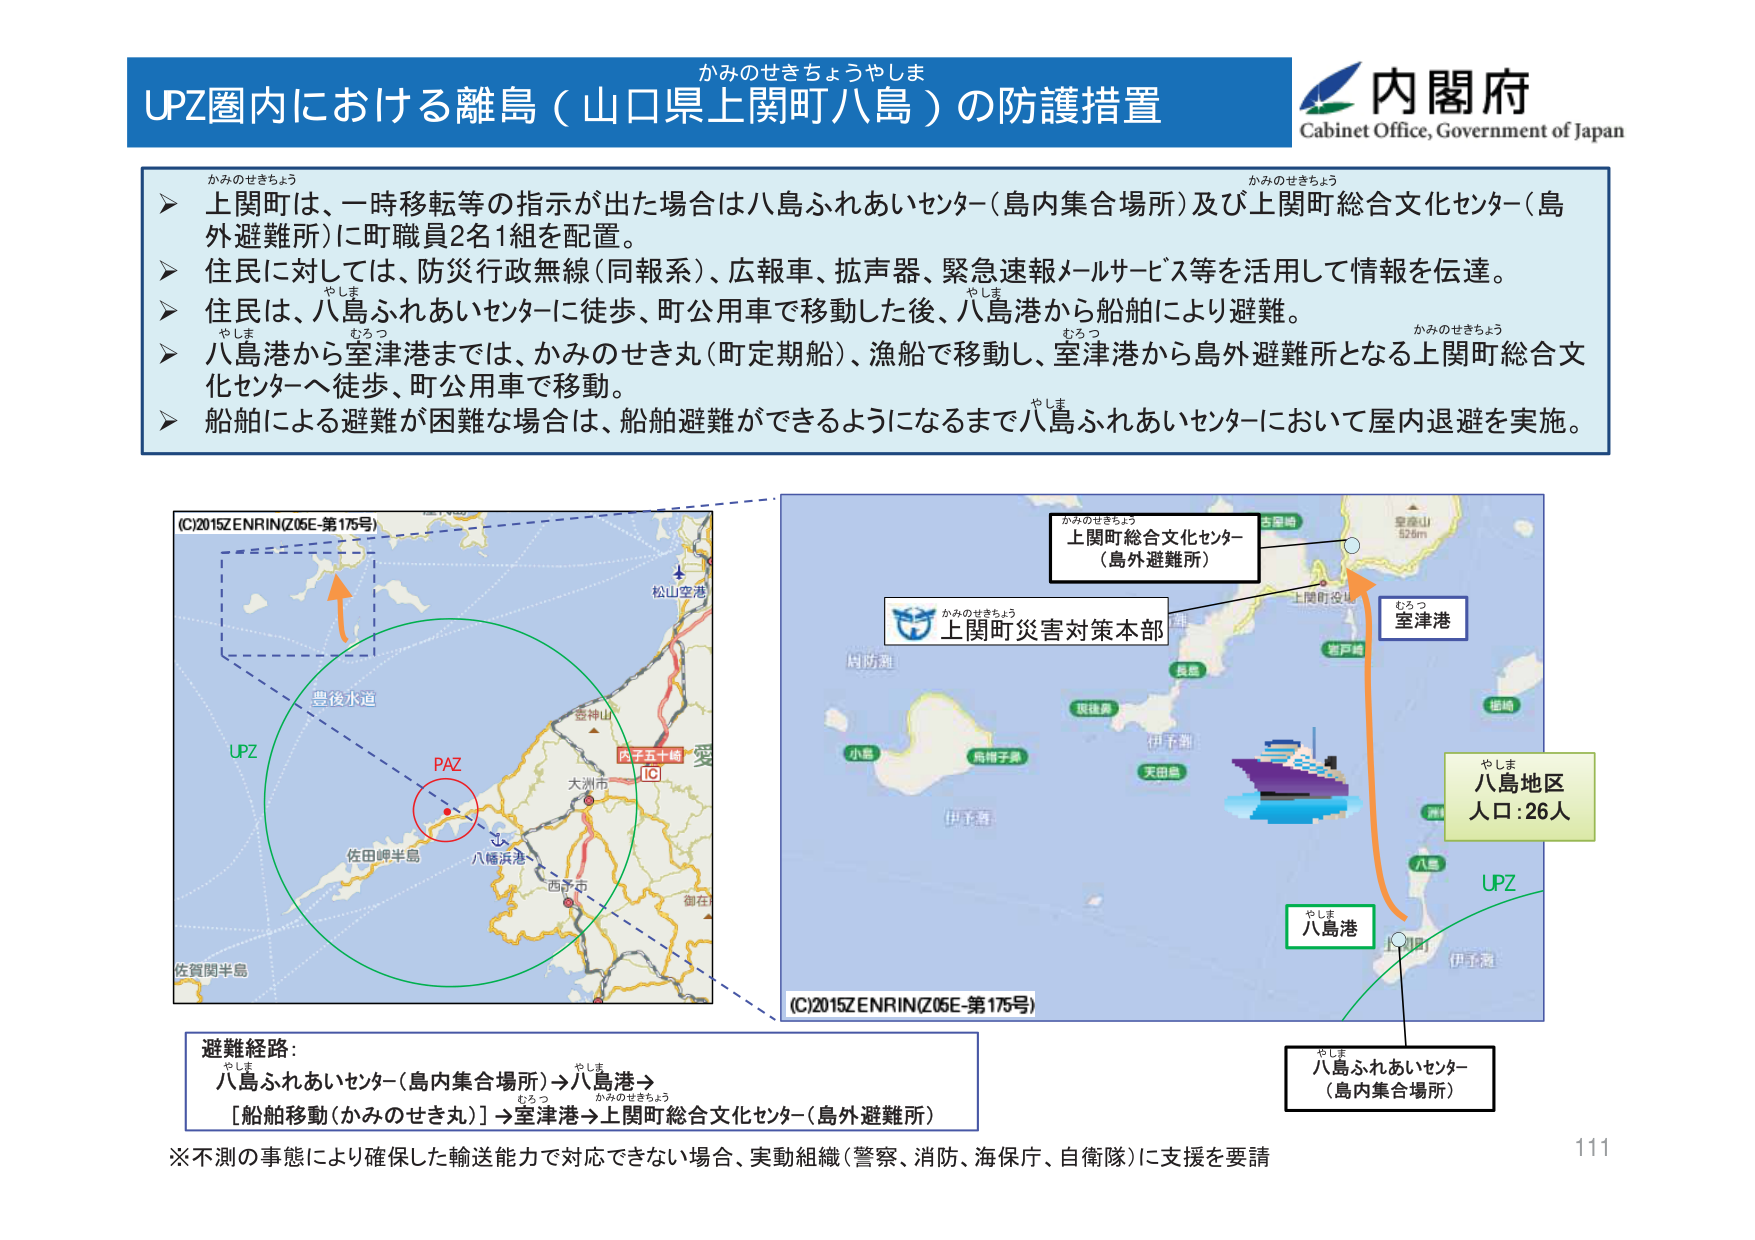
かみのせきちょうやしま
UPZ圏内における離島（山口県上関町八島）の防護措置
内閣府
Cabinet Office, Government of Japan

かみのせきちょう
➤ 上関町は、一時移転等の指示が出た場合は八島ふれあいセンター（島内集合場所）及び上関町総合文化センター（島外避難所）に町職員2名1組を配置。
➤ 住民に対しては、防災行政無線（同報系）、広報車、拡声器、緊急速報メールサービス等を活用して情報を伝達。
➤ 住民は、八島ふれあいセンターに徒歩、町公用車で移動した後、八島港から船舶により避難。
➤ 八島港から室津港までは、かみのせき丸（町定期船）、漁船で移動し、室津港から島外避難所となる上関町総合文化センターへ徒歩、町公用車で移動。
➤ 船舶による避難が困難な場合は、船舶避難ができるようになるまで八島ふれあいセンターにおいて屋内退避を実施。

(C)2015ZENRIN(Z05E-第175号)
豊後水道
UPZ
PAZ
松山空港
佐田岬半島
八幡浜港
大洲市
西予市
御在
佐賀関半島
愛
広子五十崎
IC

かみのせきちょう
上関町総合文化センター
（島外避難所）
かみのせきちょう
上関町災害対策本部
むろつ
室津港
やしま
八島地区
人口：26人
やしま
八島港
やしま
八島ふれあいセンター
（島内集合場所）
UPZ
伊予灘
(C)2015ZENRIN(Z05E-第175号)

避難経路：
やしま
八島ふれあいセンター（島内集合場所）→八島港→
むろつ
［船舶移動（かみのせき丸）］→室津港→上関町総合文化センター（島外避難所）
かみのせきちょう

※不測の事態により確保した輸送能力で対応できない場合、実動組織（警察、消防、海保庁、自衛隊）に支援を要請
111